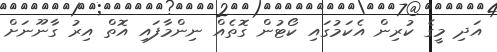
އަދި މީގެ ކުރިން އެކަމުގައި ކޯޓުން ގޮތެއް ނިންމާފައި އޮތް އިރު ގާނޫނަށް